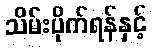
သိမ်းပိုက်ရန်နှင့်